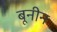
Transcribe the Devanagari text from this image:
बूनीन